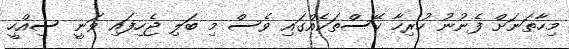
މިހާތަނަށް ފެނުނު ހުރިހާ ކޭސްތަކެއްގައި ވެސް މި ބަލި ޖެހިފައި ވަނީ ސިއްހީ